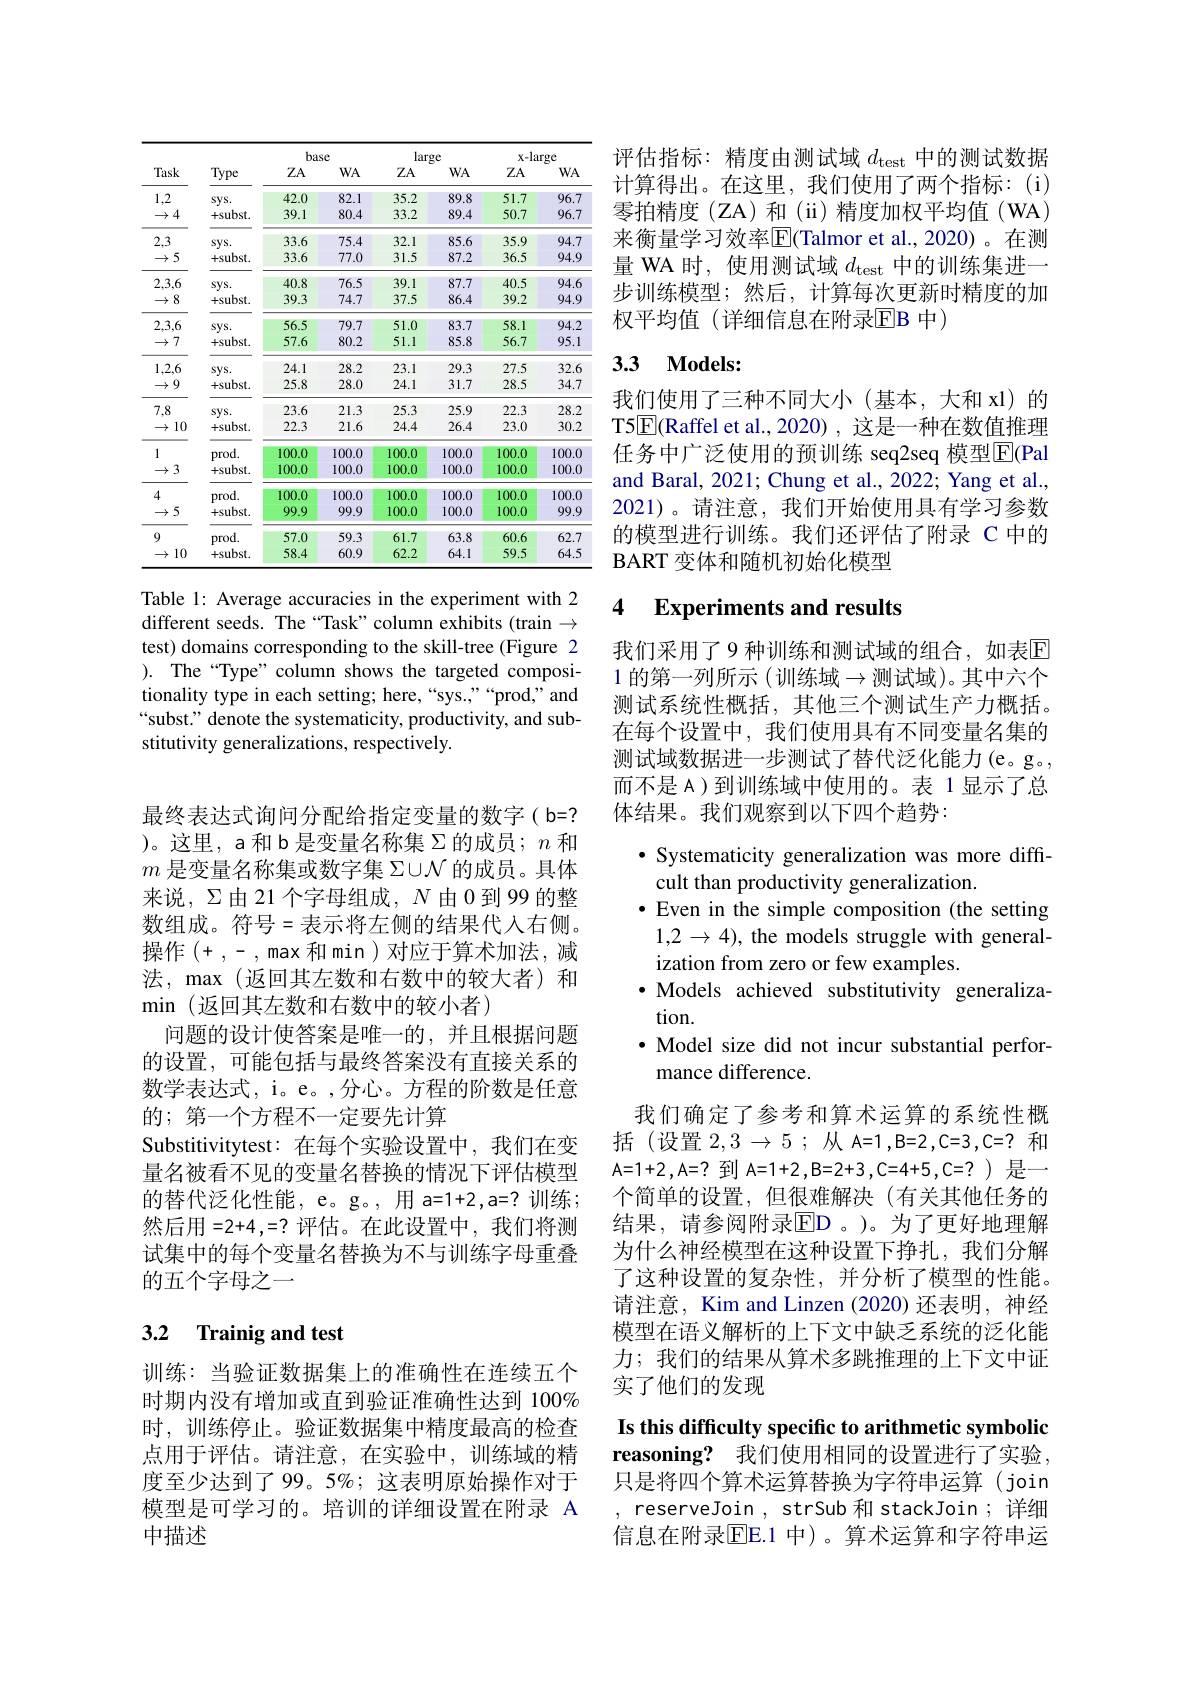
<table>
	<tbody>
		<tr>
			<th rowspan="2">Task</th>
			<th rowspan="2">Type</th>
			<th colspan="2">base</th>
			<th colspan="2">large</th>
			<th colspan="2">x-large</th>
		</tr>
		<tr>
			<th>$ZA$</th>
			<th>$WA$</th>
			<th>$ZA$</th>
			<th>$WA$</th>
			<th>$ZA$</th>
			<th>$WA$</th>
		</tr>
		<tr>
			<td>1,2</td>
			<td>$sys.$</td>
			<td>42.0</td>
			<td>82.1</td>
			<td>35.2</td>
			<td>89.8</td>
			<td>51.7</td>
			<td>96.7</td>
		</tr>
		<tr>
			<td>$\rightarrow4$</td>
			<td>+subst.</td>
			<td>39.1</td>
			<td>80.4</td>
			<td>33.2</td>
			<td>89.4</td>
			<td>50.7</td>
			<td>96.7</td>
		</tr>
		<tr>
			<td>2,3</td>
			<td>$sys.$</td>
			<td>33.6</td>
			<td>75.4</td>
			<td>32.1</td>
			<td>85.6</td>
			<td>35.9</td>
			<td>94.7</td>
		</tr>
		<tr>
			<td>$\rightarrow5$</td>
			<td>+subst.</td>
			<td>33.6</td>
			<td>77.0</td>
			<td>31.5</td>
			<td>87.2</td>
			<td>36.5</td>
			<td>94.9</td>
		</tr>
		<tr>
			<td>2,3,6</td>
			<td>$sys.$</td>
			<td>40.8</td>
			<td>76.5</td>
			<td>39.1</td>
			<td>87.7</td>
			<td>40.5</td>
			<td>94.6</td>
		</tr>
		<tr>
			<td>$\rightarrow8$</td>
			<td>+subst.</td>
			<td>39.3</td>
			<td>74.7</td>
			<td>37.5</td>
			<td>86.4</td>
			<td>39.2</td>
			<td>94.9</td>
		</tr>
		<tr>
			<td>2,3,6</td>
			<td>$sys.$</td>
			<td>56.5</td>
			<td>79.7</td>
			<td>51.0</td>
			<td>83.7</td>
			<td>58.1</td>
			<td>94.2</td>
		</tr>
		<tr>
			<td>7 $\rightarrow$</td>
			<td>+subst.</td>
			<td>57.6</td>
			<td>80.2</td>
			<td>51.1</td>
			<td>85.8</td>
			<td>56.7</td>
			<td>95.1</td>
		</tr>
		<tr>
			<td>$\bullet K$</td>
			<td>SVS</td>
			<td>24.</td>
			<td>28.2</td>
			<td>23.</td>
			<td>29.3 1</td>
			<td>27.5</td>
			<td>32</td>
		</tr>
		<tr>
			<td>9 $\rightarrow$</td>
			<td>tsubst.</td>
			<td>25.8</td>
			<td>28.0</td>
			<td>24.1</td>
			<td>31.7</td>
			<td>28.5</td>
			<td>34.7</td>
		</tr>
		<tr>
			<td>7.8</td>
			<td>$SVS.$</td>
			<td>23.6</td>
			<td>21.3</td>
			<td>25.3</td>
			<td>25.9</td>
			<td>22.3</td>
			<td>28.2</td>
		</tr>
		<tr>
			<td>10 $\rightarrow$</td>
			<td>+subst.</td>
			<td>22.3</td>
			<td>21.6</td>
			<td>24.4</td>
			<td>26.4</td>
			<td>23.0</td>
			<td>30.2</td>
		</tr>
		<tr>
			<td>1</td>
			<td>prod.</td>
			<td>100.0</td>
			<td>100.0</td>
			<td>100.0</td>
			<td>100.0</td>
			<td>100.0</td>
			<td>100.0</td>
		</tr>
		<tr>
			<td>$\rightarrow3$</td>
			<td>+subst.</td>
			<td>100.0</td>
			<td>100.0</td>
			<td>100.0</td>
			<td>100.0</td>
			<td>100.0</td>
			<td>100.0</td>
		</tr>
		<tr>
			<td>4</td>
			<td>prod.</td>
			<td>100.0</td>
			<td>100.0</td>
			<td>100.0</td>
			<td>100.0</td>
			<td>100.0</td>
			<td>100.0</td>
		</tr>
		<tr>
			<td>$\rightarrow5$</td>
			<td>+subst.</td>
			<td>99.9</td>
			<td>99.9</td>
			<td>100.0</td>
			<td>100.0</td>
			<td>100.0</td>
			<td>99.9</td>
		</tr>
		<tr>
			<td>9</td>
			<td>prod.</td>
			<td>57.0</td>
			<td>59.3</td>
			<td>61.7</td>
			<td>63.8</td>
			<td>60.6</td>
			<td>62.7</td>
		</tr>
		<tr>
			<td>10 $\rightarrow$</td>
			<td>$+subst.$</td>
			<td>58.4</td>
			<td>60.9</td>
			<td>62.2</td>
			<td>64.1</td>
			<td>59.5</td>
			<td>64.5</td>
		</tr>
	</tbody>
</table>

Table 1: Average accuracies in the experiment with 2 different seeds. The“Task”column exhibits (train $\to$ test) domains corresponding to the skill-tree (Figure 2 ). The“Type” column shows the targeted compositionality type in each setting; here, “sys.,”“prod,”and “subst.” denote the systematicity, productivity, and substitutivity generalizations, respectively.

最终表达式询问分配给指定变量的数字(b=? )。这里，a和b是变量名称集$\Sigma$的成员；$n$和$m$是变量名称集或数字集$\Sigma\cup\mathcal{N}$的成员。具体来说，$\Sigma$由 21 个字母组成，$N$ 由 0 到 99 的整数组成。符号=表示将左侧的结果代人右侧。操作 $(+,-,\max$和 min )对应于算术加法，减法，max(返回其左数和右数中的较大者)和min (返回其左数和右数中的较小者)
问题的设计使答案是唯一的，并且根据问题的设置，可能包括与最终答案没有直接关系的数学表达式，i。e。,分心。方程的阶数是任意的；第一个方程不一定要先计算
Substitivitytest:在每个实验设置中，我们在变量名被看不见的变量名替换的情况下评估模型的替代泛化性能，e。g。, 用 a=1+2 ,a=? 训练 ; 然后用 =2+4 ,=? 评估。在此设置中，我们将测试集中的每个变量名替换为不与训练字母重叠的五个字母之一

## 3.2 Trainig and test

训练：当验证数据集上的准确性在连续五个时期内没有增加或直到验证准确性达到 100% 时，训练停止。验证数据集中精度最高的检查点用于评估。请注意，在实验中，训练域的精度至少达到了 99。5%; 这表明原始操作对于模型是可学习的。培训的详细设置在附录 A 中描述

评估指标：精度由测试域$d_\mathrm{test}$中的测试数据计算得出。在这里，我们使用了两个指标：(i) 零拍精度(ZA)和(ii)精度加权平均值(WA) 来衡量学习效率$\overline{\mathrm{E}}$(Talmor et al.,2020)。在测量 WA 时，使用测试域$d_\mathrm{test}$中的训练集进一步训练模型；然后，计算每次更新时精度的加权平均值(详细信息在附录$\overline{\mathrm{EB}}$ 中)

### 3.3 $\mathbf{Models: }$

我们使用了三种不同大小(基本，大和 xl)的T5$\boxed{\mathrm{F}}$(Raffel et al.,2020) ,这是一种在数值推理任务中广泛使用的预训练 seq2seq 模型E(Pal and Baral, 2021; Chung et al., 2022; Yang et al., 2021)。请注意，我们开始使用具有学习参数的模型进行训练。我们还评估了附录 C 中的BART 变体和随机初始化模型

### 4 Experiments and results

我们采用了9 种训练和测试域的组合，如表$\mathbb{E}$ 1 的第一列所示 (训练域$\to$测试域)。其中六个测试系统性概括，其他三个测试生产力概括。在每个设置中，我们使用具有不同变量名集的测试域数据进一步测试了替代泛化能力(e。g。, 而不是 A )到训练域中使用的。表 1 显示了总体结果。我们观察到以下四个趋势：

$\bullet$ Systematicity generalization was more diff-
cult than productivity generalization.
·Even in the simple composition (the setting $1,2\to4)$, the models struggle with generalization from zero or few examples.
·Models achieved substitutivity generaliza-
tion.
·Model size did not incur substantial perfor-
mance difference.
我们确定了参考和算术运算的系统性概

括(设置$2,3\to5$;从 A=1,B=2,C=3,C=?和A= 1+ 2 , A= ? 到 A= 1+ 2 , B= 2+ 3 , C= 4+ 5 , C= ? ) 是 一 个简单的设置，但很难解决(有关其他任务的结果，请参阅附录$\operatorname{ED}$。)。为了更好地理解为什么神经模型在这种设置下挣扎，我们分解了这种设置的复杂性，并分析了模型的性能。请注意，Kim and Linzen (2020) 还表明，神经模型在语义解析的上下文中缺乏系统的泛化能力；我们的结果从算术多跳推理的上下文中证实了他们的发现
Is this difficulty specific to arithmetic symbolic reasoning? 我们使用相同的设置进行了实验， 只是将四个算术运算替换为字符串运算 (join

, reserveJoin , strSub 和 stackJoin; 详细信息在附录EE. 1 中)。算术运算和字符串运